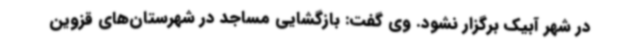
در شهر آبیک برگزار نشود. وی گفت: بازگشایی مساجد در شهرستان‌های قزوین